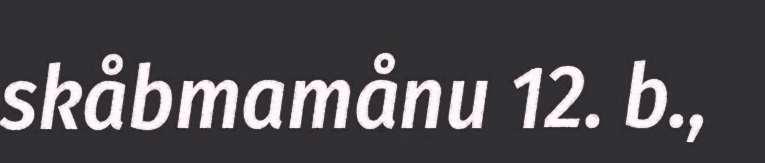
skåbmamånu 12. b.,